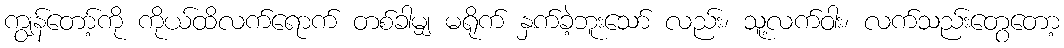
ကျွန်တော့်ကို ကိုယ်ထိလက်ရောက် တစ်ခါမျှ မရိုက် နှက်ခဲ့ဘူးသော် လည်း၊ သူ့လက်ဝါး၊ လက်သည်းတွေတော့